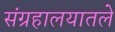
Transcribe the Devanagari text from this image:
संग्रहालयातले